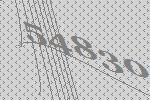
54830